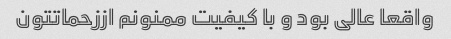
واقعا عالی بود و با کیفیت ممنونم اززحماتتون